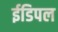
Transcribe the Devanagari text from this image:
ईडिपल